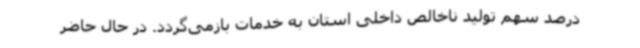
درصد سهم تولید ناخالص داخلی استان به خدمات بازمی‌گردد. در حال حاضر